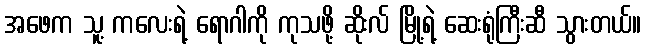
အဖေက သူ့ ကလေးရဲ့ ရောဂါကို ကုသဖို့ ဆိုးလ် မြို့ရဲ့ ဆေးရုံကြီးဆီ သွားတယ်။